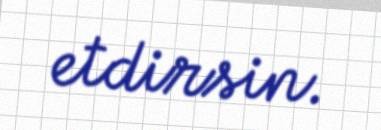
etdirsin.